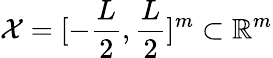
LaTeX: {\cal{X}}=[-\frac{L}{2},\frac{L}{2}]^{m}\subset\mathbb{R}^{m}